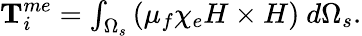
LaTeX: \begin{array}{r}{\textbf{T}_{i}^{me}=\int_{\Omega_{s}}\left(\mu_{f}\chi_{e}H\times H\right)~d\Omega_{s}.}\end{array}